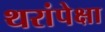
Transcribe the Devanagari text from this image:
थरांपेक्षा